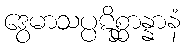
ဒွေမာသပ္ပဋိစ္ဆာန္နာနံ